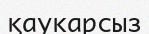
қаукарсыз